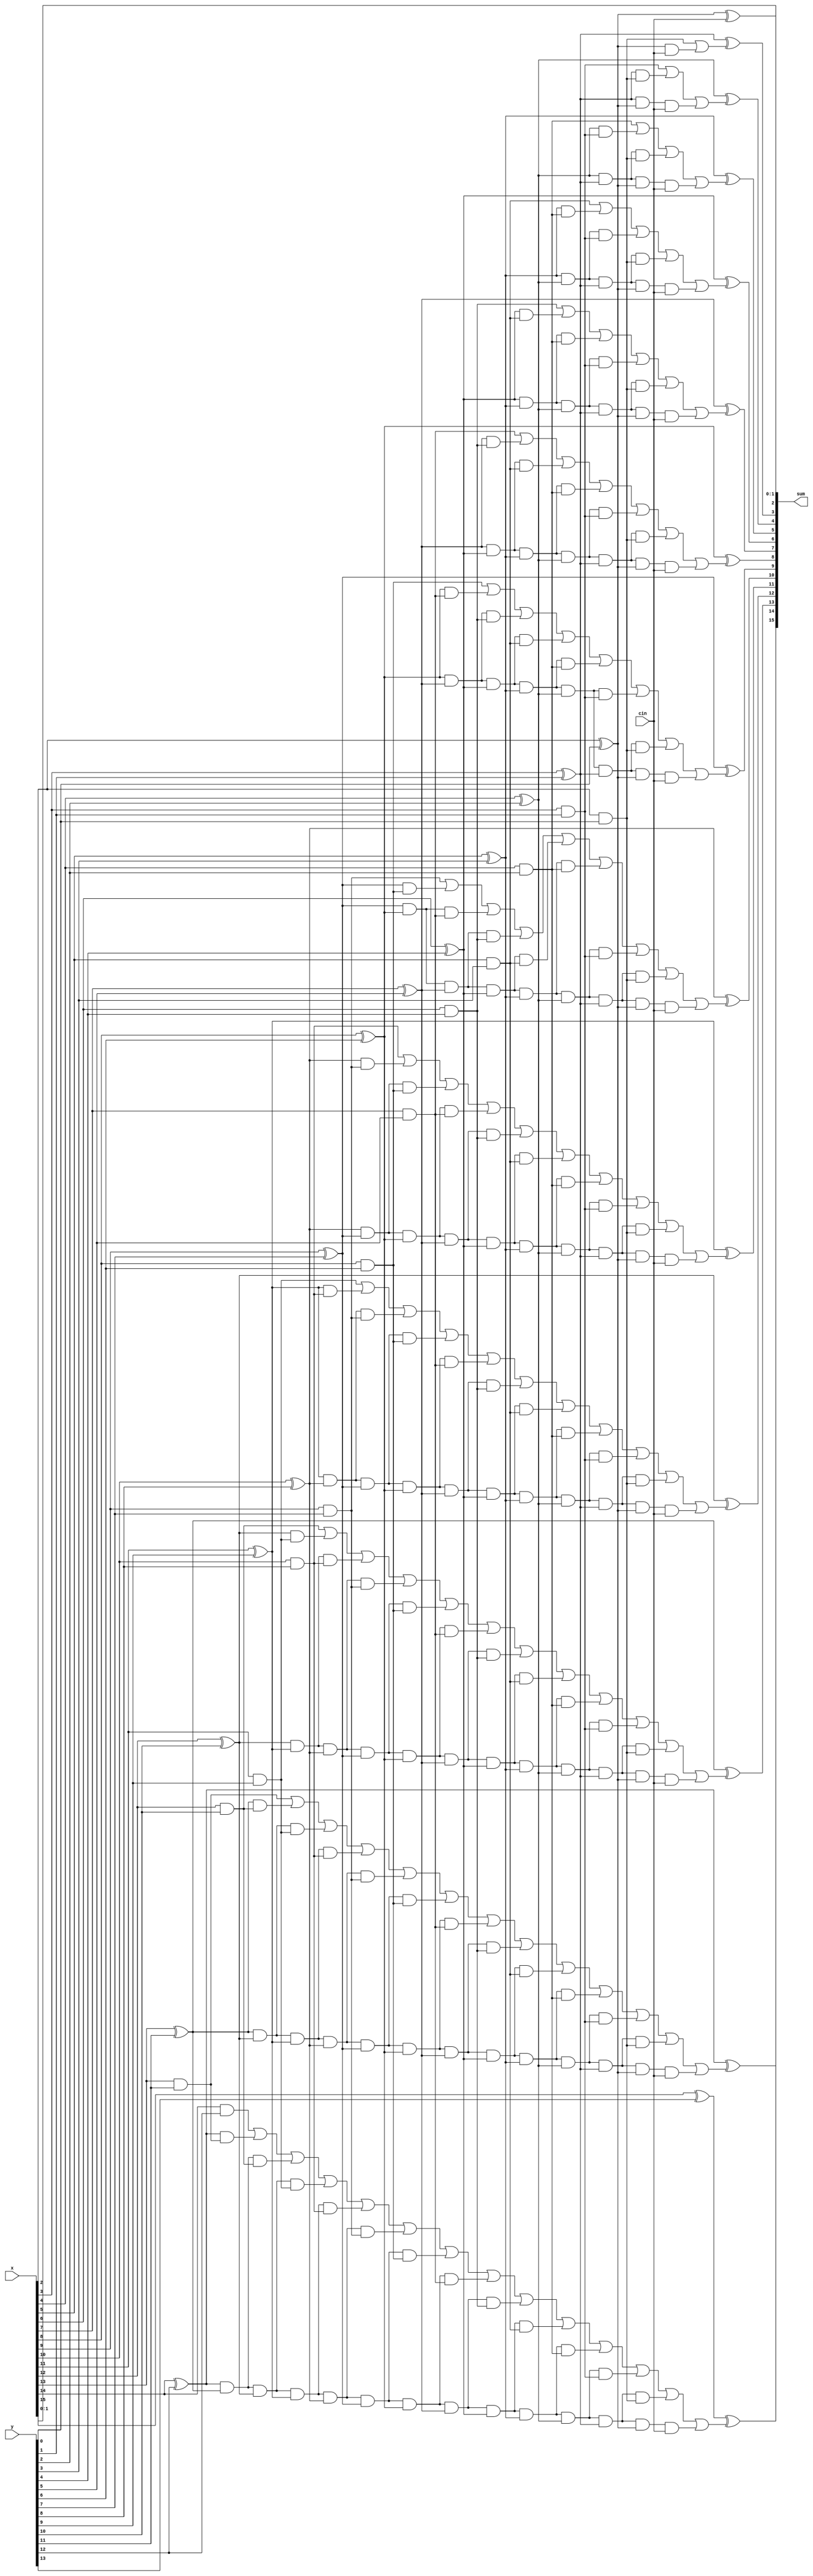
`timescale 1ns / 1ps
//////////////////////////////////////////////////////////////////////////////////
// Company: 
// Engineer: 
// 
// Design Name: 
// Module Name: cla
// Project Name: 
// Target Devices: 
// Tool Versions: 
// Description: 
// 
// Dependencies: 
// 
// Revision:
// Revision 0.01 - File Created
// Additional Comments:
// 
//////////////////////////////////////////////////////////////////////////////////


module cla(input [15:0]x, input [13:0]y, input cin, output  [15:0]sum);
wire [13:0] p;
wire [13:0]g;
wire [13:1] c;

assign sum[0]= x[0];
assign sum[1]= x[1];

assign p[0]= x[2] ^ y[0];
assign g[0]= x[2] & y[0];
assign c[1]= g[0] | (p[0] & cin);
assign sum[2]= p[0] ^ cin;

assign p[1]= x[3] ^ y[1];
assign g[1]= x[3] & y[1];
assign c[2]= g[1] | (p[1] & g[0]) | (p[1] & p[0] & cin);
assign sum[3]= p[1] ^ c[1];

assign p[2]= x[4] ^ y[2];
assign g[2]= x[4] & y[2];
assign c[3]= g[2] | (p[2] & g[1]) | (p[2] & p[1] & g[0]) | (p[2] & p[1] & p[0] & cin);
assign sum[4]= p[2] ^ c[2]; 

assign p[3]= x[5] ^ y[3];
assign g[3]= x[5] & y[3];
assign c[4]= g[3] | (p[3] & g[2]) | (p[3] & p[2] & g[1]) | (p[3] & p[2] & p[1] & g[0]) | (p[3] & p[2] & p[1] & p[0] & cin);
assign sum[5]= p[3] ^ c[3];

assign p[4]= x[6] ^ y[4];
assign g[4]= x[6] & y[4];
assign c[5]= g[4] | (p[4] & g[3]) |(p[4] & p[3] & g[2]) |(p[4] & p[3] & p[2] & g[1]) | (p[4] & p[3] & p[2] & p[1] & g[0]) | (p[4] & p[3] & p[2] & p[1] & p[0] & cin);
assign sum[6]= p[4] ^ c[4];

assign p[5]= x[7] ^ y[5];
assign g[5]= x[7] & y[5];
assign c[6]= g[5] | (p[5] & g[4]) |(p[5] & p[4] & g[3]) |(p[5] & p[4] & p[3] & g[2]) | (p[5] & p[4] & p[3] & p[2] & g[1]) | (p[5] & p[4] & p[3] & p[2] & p[1] & g[0]) | (p[5] & p[4] & p[3] & p[2] & p[1] & p[0] & cin);
assign sum[7]= p[5] ^ c[5];

assign p[6]= x[8] ^ y[6];
assign g[6]= x[8] & y[6];
assign c[7]= g[6] | (p[6] & g[5]) | (p[6] & p[5] & g[4]) |(p[6] & p[5] & p[4] & g[3]) |(p[6] & p[5] & p[4] & p[3] & g[2]) | (p[6]  & p[5] & p[4] & p[3] & p[2] & g[1]) | (p[6] & p[5] & p[4] & p[3] & p[2] & p[1] & g[0]) | (p[6] & p[5] & p[4] & p[3] & p[2] & p[1] & p[0] & cin);
assign sum[8]= p[6] ^ c[6];

assign p[7]= x[9] ^ y[7];
assign g[7]= x[9] & y[7];
assign c[8]= g[7] | (p[7] & g[6]) | (p[7] & p[6] & g[5]) | (p[7] & p[6] & p[5] & g[4]) |(p[7] & p[6] & p[5] & p[4] & g[3]) |(p[7] & p[6] & p[5] & p[4] & p[3] & g[2]) | (p[7] & p[6] & p[5] & p[4] & p[3] & p[2] & g[1]) | (p[7] & p[6] & p[5] & p[4] & p[3] & p[2] & p[1] & g[0]) | (p[7] & p[6] & p[5] & p[4] & p[3] & p[2] & p[1] & p[0] & cin);
assign sum[9]= p[7] ^ c[7];

assign p[8]= x[10] ^ y[8];
assign g[8]= x[10] & y[8];
assign c[9]= g[8] | (p[8] & g[7]) | (p[8] & p[7] & g[6]) | (p[8] & p[7] & p[6] & g[5]) | (p[8] & p[7] & p[6] & p[5] & g[4]) |(p[8] & p[7] & p[6] & p[5] & p[4] & g[3]) |(p[8] & p[7] & p[6] & p[5] & p[4] & p[3] & g[2]) | (p[8] & p[7] & p[6] & p[5] & p[4] & p[3] & p[2] & g[1]) | (p[8] & p[7] & p[6] & p[5] & p[4] & p[3] & p[2] & p[1] & g[0]) | (p[8] & p[7] & p[6] & p[5] & p[4] & p[3] & p[2] & p[1] & p[0] & cin);
assign sum[10]= p[8] ^ c[8];

assign p[9]= x[11] ^ y[9];
assign g[9]= x[11] & y[9];
assign c[10]= g[9] | (p[9] & g[8]) | (p[9] & p[8] & g[7]) | (p[9] & p[8] & p[7] & g[6]) | (p[9] & p[8] & p[7] & p[6] & g[5]) | (p[9] & p[8] & p[7] & p[6] & p[5] & g[4]) |(p[9] & p[8] & p[7] & p[6] & p[5] & p[4] & g[3]) |(p[9] & p[8] & p[7] & p[6] & p[5] & p[4] & p[3] & g[2]) | (p[9] & p[8] & p[7] & p[6] & p[5] & p[4] & p[3] & p[2] & g[1]) | (p[9] & p[8] & p[7] & p[6] & p[5] & p[4] & p[3] & p[2] & p[1] & g[0]) | (p[9] & p[8] & p[7] & p[6] & p[5] & p[4] & p[3] & p[2] & p[1] & p[0] & cin);
assign sum[11]= p[9] ^ c[9];

assign p[10]= x[12] ^ y[10];
assign g[10]= x[12] & y[10];
assign c[11]= g[10] | (p[10] & g[9]) | (p[10] & p[9] & g[8]) | (p[10] & p[9] & p[8] & g[7]) | (p[10] & p[9] & p[8] & p[7] & g[6]) | (p[10] & p[9] & p[8] & p[7] & p[6] & g[5]) | (p[10] & p[9] & p[8] & p[7] & p[6] & p[5] & g[4]) |(p[10] & p[9] & p[8] & p[7] & p[6] & p[5] & p[4] & g[3]) |(p[10] & p[9] & p[8] & p[7] & p[6] & p[5] & p[4] & p[3] & g[2]) | (p[10] & p[9] & p[8] & p[7] & p[6] & p[5] & p[4] & p[3] & p[2] & g[1]) | (p[10] & p[9] & p[8] & p[7] & p[6] & p[5] & p[4] & p[3] & p[2] & p[1] & g[0]) | (p[10] & p[9] & p[8] & p[7] & p[6] & p[5] & p[4] & p[3] & p[2] & p[1] & p[0] & cin);
assign sum[12]= p[10] ^ c[10];

assign p[11]= x[13] ^ y[11];
assign g[11]= x[13] & y[11];
assign c[12]= g[11] | (p[11] & g[10]) | (p[11] & p[10] & g[9]) | (p[11] & p[10] & p[9] & g[8]) | (p[11] & p[10] & p[9] & p[8] & g[7]) | (p[11] & p[10] & p[9] & p[8] & p[7] & g[6]) | (p[11] & p[10] & p[9] & p[8] & p[7] & p[6] & g[5]) | (p[11] & p[10] & p[9] & p[8] & p[7] & p[6] & p[5] & g[4]) |(p[11] & p[10] & p[9] & p[8] & p[7] & p[6] & p[5] & p[4] & g[3]) |(p[11] & p[10] & p[9] & p[8] & p[7] & p[6] & p[5] & p[4] & p[3] & g[2]) | (p[11] & p[10] & p[9] & p[8] & p[7] & p[6] & p[5] & p[4] & p[3] & p[2] & g[1]) | (p[11] & p[10] & p[9] & p[8] & p[7] & p[6] & p[5] & p[4] & p[3] & p[2] & p[1] & g[0]) | (p[11] & p[10] & p[9] & p[8] & p[7] & p[6] & p[5] & p[4] & p[3] & p[2] & p[1] & p[0] & cin);
assign sum[13]= p[11] ^ c[11];

assign p[12]= x[14] ^ y[12];
assign g[12]= x[14] & y[12];
assign c[13]= g[12] | (p[12] & g[11]) | (p[12] & p[11] & g[10]) | (p[12] & p[11] & p[10] & g[9]) | (p[12] & p[11] & p[10] & p[9] & g[8]) | (p[12] & p[11] & p[10] & p[9] & p[8] & g[7]) | (p[12] & p[11] & p[10] & p[9] & p[8] & p[7] & g[6]) | (p[12] & p[11] & p[10] & p[9] & p[8] & p[7] & p[6] & g[5]) | (p[12] & p[11] & p[10] & p[9] & p[8] & p[7] & p[6] & p[5] & g[4]) |(p[12] & p[11] & p[10] & p[9] & p[8] & p[7] & p[6] & p[5] & p[4] & g[3]) |(p[12] & p[11] & p[10] & p[9] & p[8] & p[7] & p[6] & p[5] & p[4] & p[3] & g[2]) | (p[12] & p[11] & p[10] & p[9] & p[8] & p[7] & p[6] & p[5] & p[4] & p[3] & p[2] & g[1]) | (p[12] & p[11] & p[10] & p[9] & p[8] & p[7] & p[6] & p[5] & p[4] & p[3] & p[2] & p[1] & g[0]) | (p[12] & p[11] & p[10] & p[9] & p[8] & p[7] & p[6] & p[5] & p[4] & p[3] & p[2] & p[1] & p[0] & cin);
assign sum[14]= p[12] ^ c[12];

assign p[13]= x[15] ^ y[13];
assign g[13]= x[15] & y[13];
assign sum[15]= p[13] ^ c[13];

endmodule